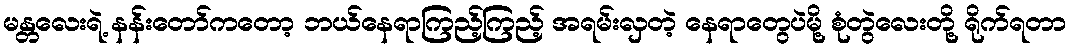
မန္တလေးရဲ့ နန်းတော်ကတော့ ဘယ်နေရာကြည့်ကြည့် အရမ်းလှတဲ့ နေရာတွေပဲမို့ စုံတွဲလေးတို့ ရိုက်ရတာ